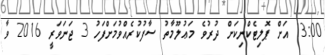
13:00 އަށް ޕޮލިޓެކްނިކަށް ދުރުވެ މަޢުލޫމާތު ސާފުކުރެއްވުމަށްފަހު 3 ޖަނަވަރީ 2016 ވާ